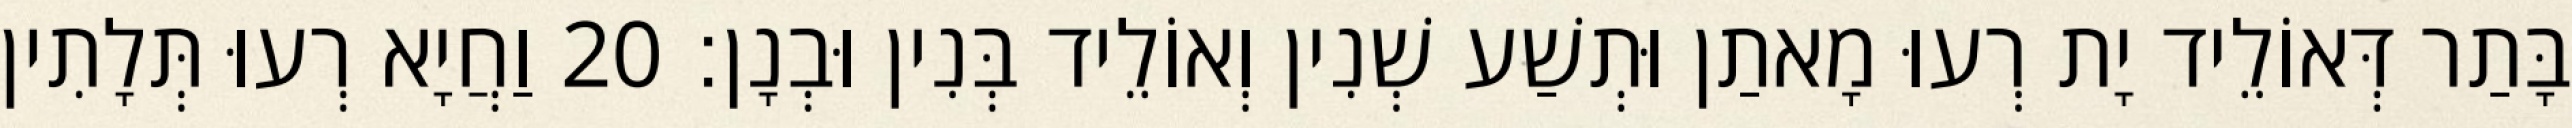
בָּתַר דְּאוֹלֵיד יָת רְעוּ מָאתַן וּתְשַׁע שְׁנִין וְאוֹלֵיד בְּנִין וּבְנָן׃ 20 וַחֲיָא רְעוּ תְּלָתִין